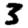
Digit: 3